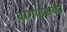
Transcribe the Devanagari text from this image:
बोगार्डसकी